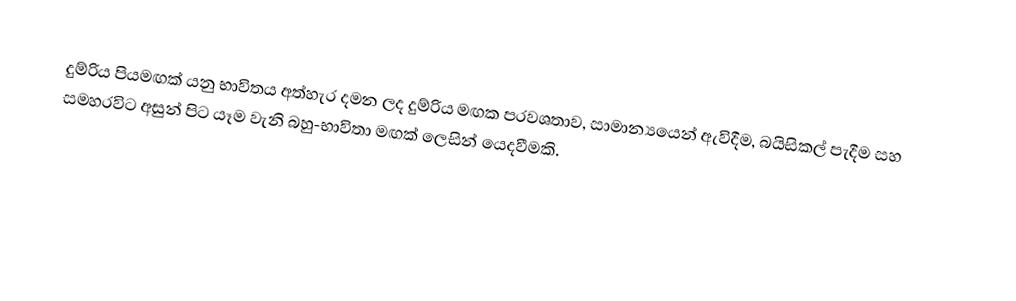
දුම්රිය පියමඟක් යනු භාවිතය අත්හැර දමන ලද දුම්රිය මඟක පරවශතාව, සාමාන්‍යයෙන් ඇවිදීම, බයිසිකල් පැදීම සහ සමහරවිට අසුන් පිට යෑම වැනි බහු-භාවිතා මඟක් ලෙසින් යෙදවීමකි.